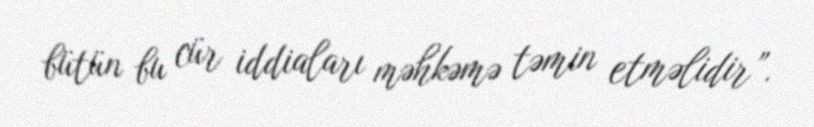
bütün bu cür iddiaları məhkəmə təmin etməlidir”.